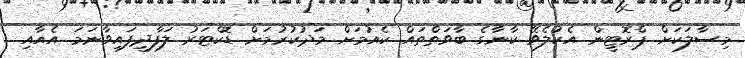
މިސާލަކަށް ޕްރޮޓީން އެކުލެވޭ ކާނާގެ ބާވަތްތައް ކެއުމަށް މަދުކުރުމަށް ޑޮކްޓަރު ލަފާދީފައިވާނަމަ އެއާއި